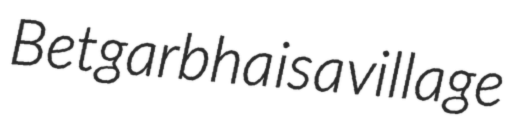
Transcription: Betgarbha is a village